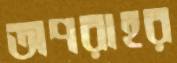
অপরাহর